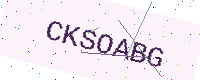
Text: CKSOABG